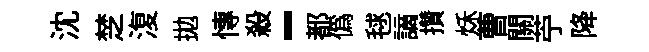
沈椘𣸪拋慱殺-都僞毬謫攢秌曹關苧降